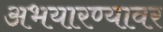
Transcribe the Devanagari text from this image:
अभयारण्यावर